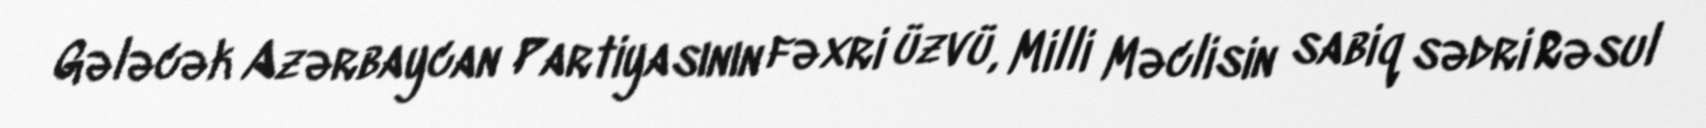
Gələcək Azərbaycan Partiyasının fəxri üzvü, Milli Məclisin sabiq sədri Rəsul